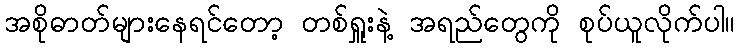
အစိုဓာတ်များနေရင်တော့ တစ်ရှူးနဲ့ အရည်တွေကို စုပ်ယူလိုက်ပါ။